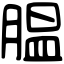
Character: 腽